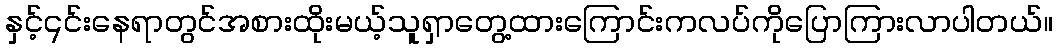
နှင့်၎င်းနေရာတွင်အစားထိုးမယ့်သူရှာတွေ့ထားကြောင်းကလပ်ကိုပြောကြားလာပါတယ်။